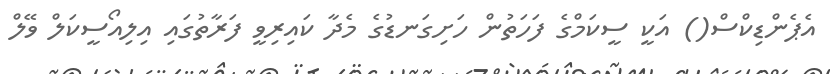
އެޕެންޑިކްސް() އަކީ ސީކަމްގެ ފަހަތުން ހަށިގަނޑުގެ މެދާ ކައިރިވީ ފަރާތުގައި އިލިއޯސީކަލް ވޭލް